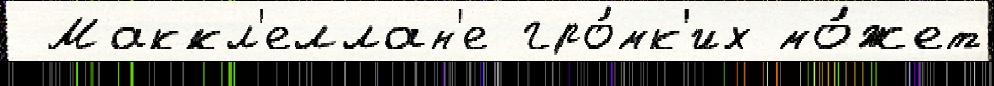
 Маккл'еллан'е гро́мк'их мо́жет